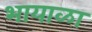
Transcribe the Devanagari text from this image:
भायाळा